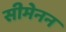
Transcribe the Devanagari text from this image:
सीमेनन